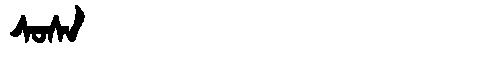
Manchu: ᠰᠣᠰᠠ
Romanization: SOSA